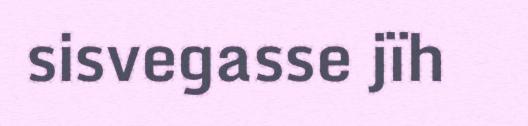
sisvegasse jïh